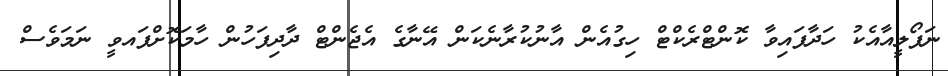
ނަޕޯލީއާއެކު ހަދާފައިވާ ކޮންޓްރެކްޓް ހިގުއެން އާނުކުރާނެކަން އޭނާގެ އެޖެންޓް ދާދިފަހުން ހާމަކޮށްފައވީ ނަމަވެސް